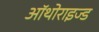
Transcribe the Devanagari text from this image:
ऑथोराइज्ड